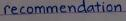
recommendation